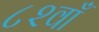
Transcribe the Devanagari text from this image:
८२वाँ